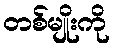
တစ်မျိုးကို